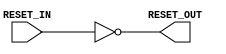
module ResetInverter(RESET_IN, RESET_OUT);

   input     RESET_IN;            // input reset
   output    RESET_OUT;           // output reset

   wire      RESET_OUT;
   
   assign    RESET_OUT = ! RESET_IN ;
   
endmodule